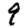
Digit: 9